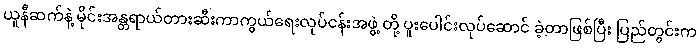
ယူနီဆက်နဲ့ မိုင်းအန္တရာယ်တားဆီးကာကွယ်ရေးလုပ်ငန်းအဖွဲ့ တို့ ပူးပေါင်းလုပ်ဆောင် ခဲ့တာဖြစ်ပြီး ပြည်တွင်းက